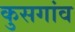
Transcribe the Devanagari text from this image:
कुसगांव